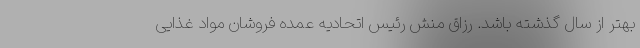
بهتر از سال گذشته باشد. رزاق منش رئیس اتحادیه عمده فروشان مواد غذایى